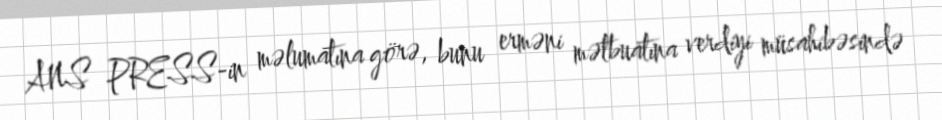
ANS PRESS-in məlumatına görə, bunu erməni mətbuatına verdiyi müsahibəsində